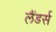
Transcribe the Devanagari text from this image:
लैंडर्स